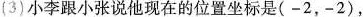
（3）小李跟小张说他现在的位置坐标是（-2，-2），